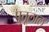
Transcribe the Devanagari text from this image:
पुत्तूलाल